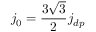
j _ { 0 } = \frac { 3 \sqrt { 3 } } { 2 } j _ { d p }